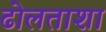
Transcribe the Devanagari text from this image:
ढोलताशा